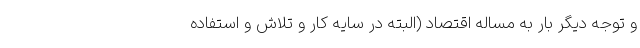
و توجه دیگر بار به مساله اقتصاد (البته در سایه کار و تلاش و استفاده